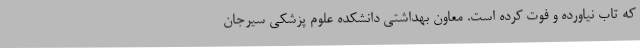
که تاب نیاورده و فوت کرده است. معاون بهداشتی دانشکده علوم پزشکی سیرجان